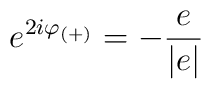
e^{2i\varphi _{(+)}}=-\frac{e}{|e|}